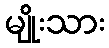
မျိုးသား